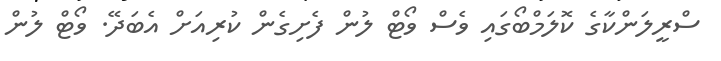
ސްރީލަންކާގެ ކޮލަމްބޯގައި ވެސް ވޯޓް ލުން ފެށިގެން ކުރިއަށް އެބަދޭ. ވޯޓް ލުން